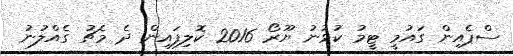
ސްޕެއިން ގައުމީ ޓީމު ކުޅުނު ޔޫރޯ 2016 ކޮލިފައިން ދެ މެޗު ގެއްލުނު